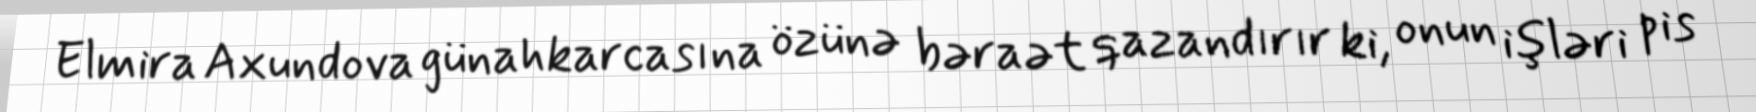
Elmira Axundova günahkarcasına özünə bəraət qazandırır ki, onun işləri pis